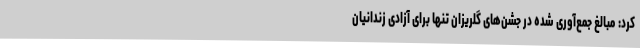
کرد: مبالغ جمع‌آوری شده در جشن‌های گلریزان تنها برای آزادی زندانیان